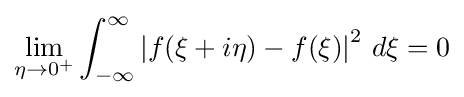
\lim _{\eta \to 0^{+}}\int _{-\infty }^{\infty }\left|f(\xi +i\eta )-f(\xi )\right|^{2}\,d\xi =0